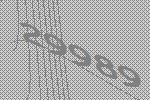
29989